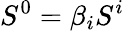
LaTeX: S^{0}=\beta_{i}S^{i}